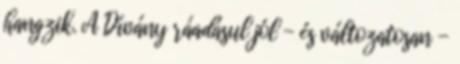
hangzik. A Dívány ráadásul jól - és változatosan -